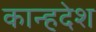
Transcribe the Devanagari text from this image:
कान्हदेश